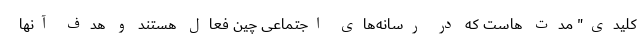
کلیدی" مد‌ت هاست که در رسانه‌های اجتماعی چین فعال هستند و هدف آنها